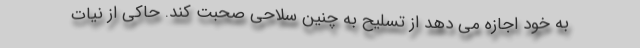
به خود اجازه می دهد از تسلیح به چنین سلاحی صحبت کند. حاکی از نیات